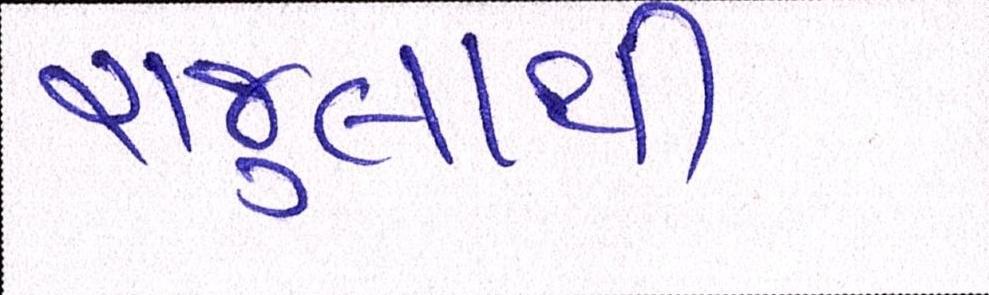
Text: રાજુલાથી